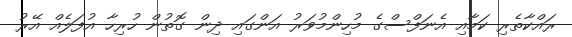
ރައްކާތެރި ކަމާއި އެނަފްސްގެ މުހިންމުވަރު އަންގައި ދިން ގޮތުން ހުރިހާ އުފަލެއް އޭރު